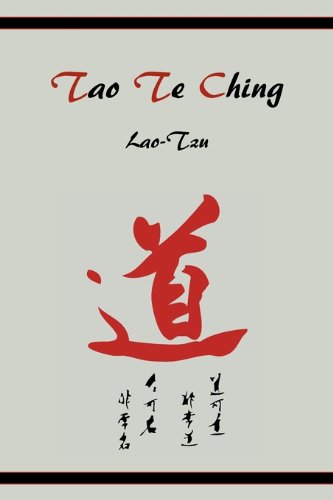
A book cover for Tao Te Ching; Lao Tzu; Religion & Spirituality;